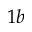
1 b